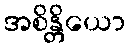
အစိန္တိယော